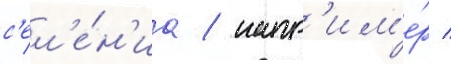
с'ел'е́н'иа / напр'им'е́р /